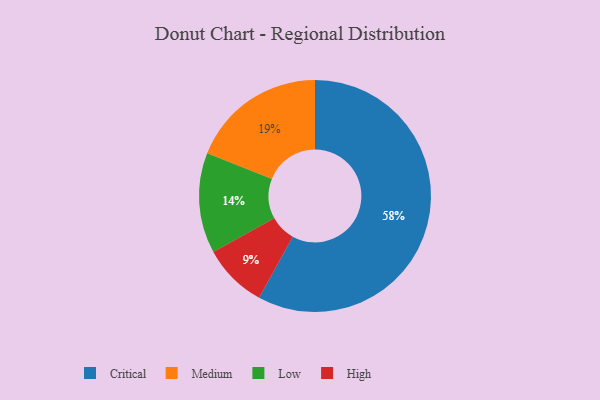
{"axis": {"x": "Category", "y": "Percentage"}, "legend": ["Critical", "High", "Low", "Medium"], "data": [{"x": "Medium", "y": 19, "type": "Medium"}, {"x": "Low", "y": 14, "type": "Low"}, {"x": "High", "y": 9, "type": "High"}, {"x": "Critical", "y": 58, "type": "Critical"}]}